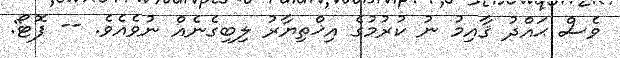
ވެސް ޙައްދު ޤާއިމު ނު ކުރުމުގެ އިޚްތިޔާރު ލިބިގެނެއް ނުވެއެވެ. -- ފޮޓޯ: